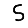
Digit: 5